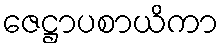
ဇေဋ္ဌာပစာယိကာ